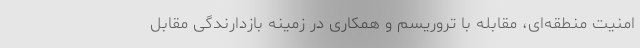
امنیت منطقه‌ای، مقابله با تروریسم و همکاری در زمینه بازدارندگی مقابل